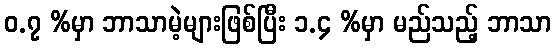
ဝ.၇ %မှာ ဘာသာမဲ့များဖြစ်ပြီး ၁.၄ %မှာ မည်သည့် ဘာသာ